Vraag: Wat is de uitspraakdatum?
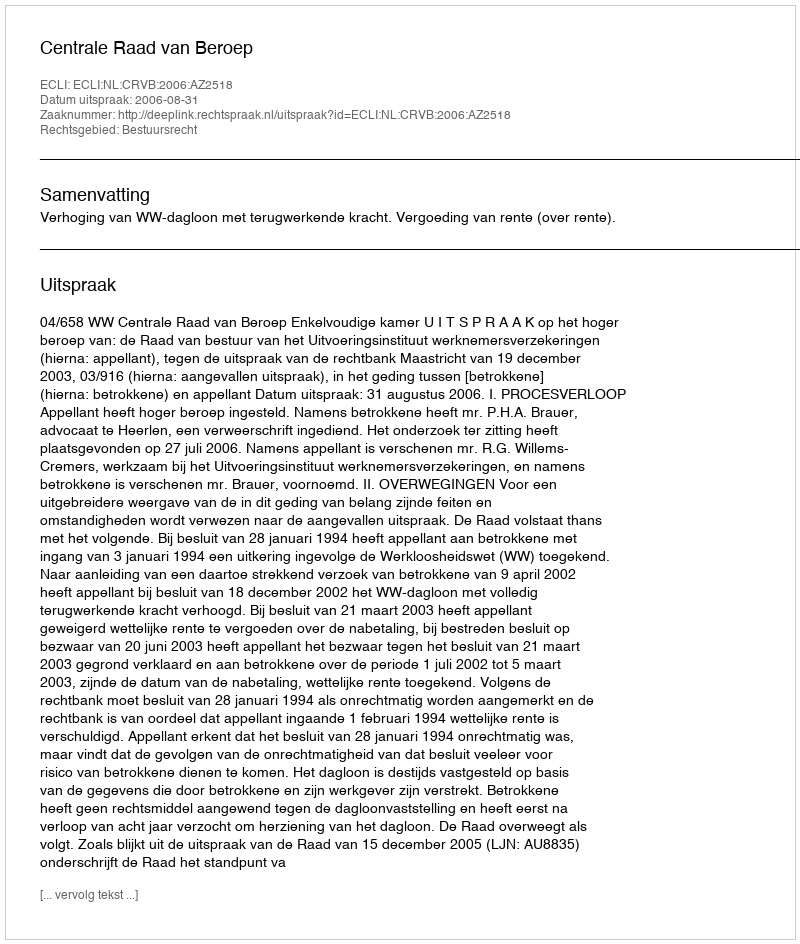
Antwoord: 2006-08-31